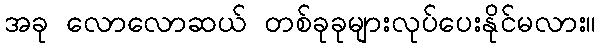
အခု လောလောဆယ် တစ်ခုခုများလုပ်ပေးနိုင်မလား။